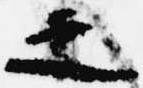
之